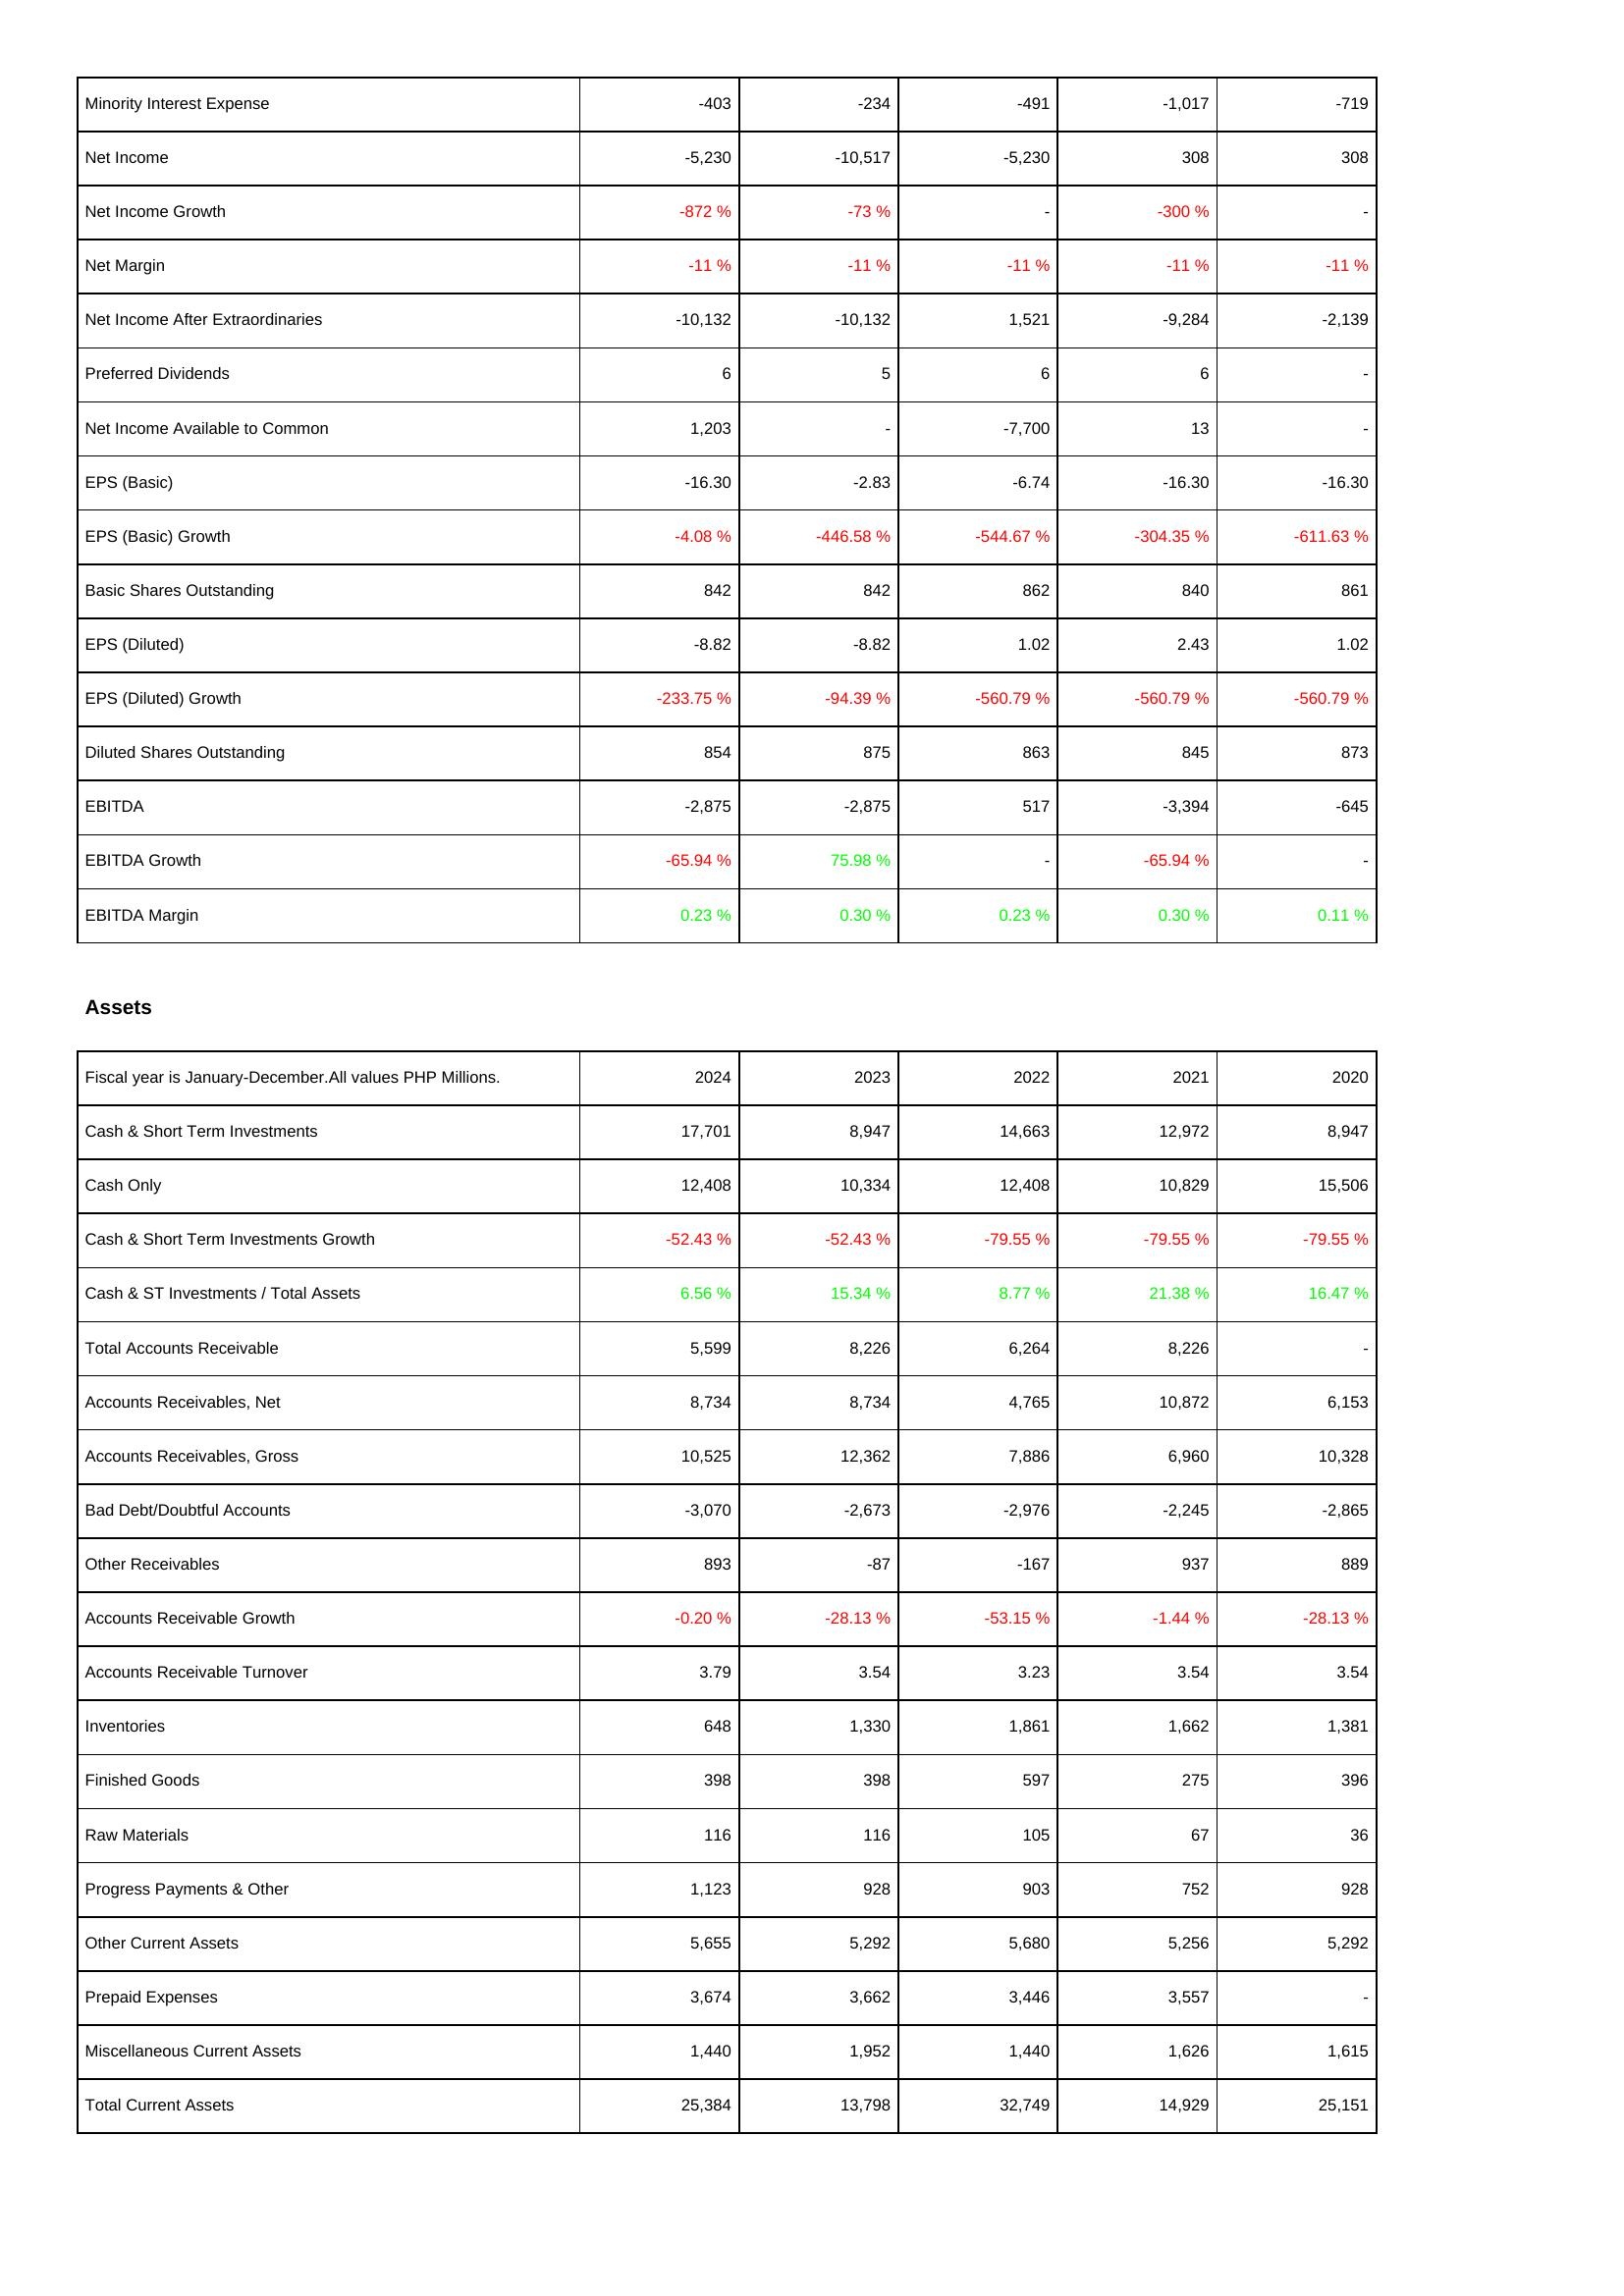
2024: Income Statement: Minority Interest Expense: -403
Net Income: -5,230
Net Income Growth: -872 %
Net Margin: -11 %
Net Income After Extraordinaries: -10,132
Preferred Dividends: 6
Net Income Available to Common: 1,203
EPS (Basic): -16.30
EPS (Basic) Growth: -4.08 %
Basic Shares Outstanding: 842
EPS (Diluted): -8.82
EPS (Diluted) Growth: -233.75 %
Diluted Shares Outstanding: 854
EBITDA: -2,875
EBITDA Growth: -65.94 %
EBITDA Margin: 0.23 %
Assets: Cash & Short Term Investments: 17,701
Cash Only: 12,408
Cash & Short Term Investments Growth: -52.43 %
Cash & ST Investments / Total Assets: 6.56 %
Total Accounts Receivable: 5,599
Accounts Receivables, Net: 8,734
Accounts Receivables, Gross: 10,525
Bad Debt/Doubtful Accounts: -3,070
Other Receivables: 893
Accounts Receivable Growth: -0.20 %
Accounts Receivable Turnover: 3.79
Inventories: 648
Finished Goods: 398
Raw Materials: 116
Progress Payments & Other: 1,123
Other Current Assets: 5,655
Prepaid Expenses: 3,674
Miscellaneous Current Assets: 1,440
Total Current Assets: 25,384
2023: Income Statement: Minority Interest Expense: -234
Net Income: -10,517
Net Income Growth: -73 %
Net Margin: -11 %
Net Income After Extraordinaries: -10,132
Preferred Dividends: 5
Net Income Available to Common: -
EPS (Basic): -2.83
EPS (Basic) Growth: -446.58 %
Basic Shares Outstanding: 842
EPS (Diluted): -8.82
EPS (Diluted) Growth: -94.39 %
Diluted Shares Outstanding: 875
EBITDA: -2,875
EBITDA Growth: 75.98 %
EBITDA Margin: 0.30 %
Assets: Cash & Short Term Investments: 8,947
Cash Only: 10,334
Cash & Short Term Investments Growth: -52.43 %
Cash & ST Investments / Total Assets: 15.34 %
Total Accounts Receivable: 8,226
Accounts Receivables, Net: 8,734
Accounts Receivables, Gross: 12,362
Bad Debt/Doubtful Accounts: -2,673
Other Receivables: -87
Accounts Receivable Growth: -28.13 %
Accounts Receivable Turnover: 3.54
Inventories: 1,330
Finished Goods: 398
Raw Materials: 116
Progress Payments & Other: 928
Other Current Assets: 5,292
Prepaid Expenses: 3,662
Miscellaneous Current Assets: 1,952
Total Current Assets: 13,798
2022: Income Statement: Minority Interest Expense: -491
Net Income: -5,230
Net Income Growth: -
Net Margin: -11 %
Net Income After Extraordinaries: 1,521
Preferred Dividends: 6
Net Income Available to Common: -7,700
EPS (Basic): -6.74
EPS (Basic) Growth: -544.67 %
Basic Shares Outstanding: 862
EPS (Diluted): 1.02
EPS (Diluted) Growth: -560.79 %
Diluted Shares Outstanding: 863
EBITDA: 517
EBITDA Growth: -
EBITDA Margin: 0.23 %
Assets: Cash & Short Term Investments: 14,663
Cash Only: 12,408
Cash & Short Term Investments Growth: -79.55 %
Cash & ST Investments / Total Assets: 8.77 %
Total Accounts Receivable: 6,264
Accounts Receivables, Net: 4,765
Accounts Receivables, Gross: 7,886
Bad Debt/Doubtful Accounts: -2,976
Other Receivables: -167
Accounts Receivable Growth: -53.15 %
Accounts Receivable Turnover: 3.23
Inventories: 1,861
Finished Goods: 597
Raw Materials: 105
Progress Payments & Other: 903
Other Current Assets: 5,680
Prepaid Expenses: 3,446
Miscellaneous Current Assets: 1,440
Total Current Assets: 32,749
2021: Income Statement: Minority Interest Expense: -1,017
Net Income: 308
Net Income Growth: -300 %
Net Margin: -11 %
Net Income After Extraordinaries: -9,284
Preferred Dividends: 6
Net Income Available to Common: 13
EPS (Basic): -16.30
EPS (Basic) Growth: -304.35 %
Basic Shares Outstanding: 840
EPS (Diluted): 2.43
EPS (Diluted) Growth: -560.79 %
Diluted Shares Outstanding: 845
EBITDA: -3,394
EBITDA Growth: -65.94 %
EBITDA Margin: 0.30 %
Assets: Cash & Short Term Investments: 12,972
Cash Only: 10,829
Cash & Short Term Investments Growth: -79.55 %
Cash & ST Investments / Total Assets: 21.38 %
Total Accounts Receivable: 8,226
Accounts Receivables, Net: 10,872
Accounts Receivables, Gross: 6,960
Bad Debt/Doubtful Accounts: -2,245
Other Receivables: 937
Accounts Receivable Growth: -1.44 %
Accounts Receivable Turnover: 3.54
Inventories: 1,662
Finished Goods: 275
Raw Materials: 67
Progress Payments & Other: 752
Other Current Assets: 5,256
Prepaid Expenses: 3,557
Miscellaneous Current Assets: 1,626
Total Current Assets: 14,929
2020: Income Statement: Minority Interest Expense: -719
Net Income: 308
Net Income Growth: -
Net Margin: -11 %
Net Income After Extraordinaries: -2,139
Preferred Dividends: -
Net Income Available to Common: -
EPS (Basic): -16.30
EPS (Basic) Growth: -611.63 %
Basic Shares Outstanding: 861
EPS (Diluted): 1.02
EPS (Diluted) Growth: -560.79 %
Diluted Shares Outstanding: 873
EBITDA: -645
EBITDA Growth: -
EBITDA Margin: 0.11 %
Assets: Cash & Short Term Investments: 8,947
Cash Only: 15,506
Cash & Short Term Investments Growth: -79.55 %
Cash & ST Investments / Total Assets: 16.47 %
Total Accounts Receivable: -
Accounts Receivables, Net: 6,153
Accounts Receivables, Gross: 10,328
Bad Debt/Doubtful Accounts: -2,865
Other Receivables: 889
Accounts Receivable Growth: -28.13 %
Accounts Receivable Turnover: 3.54
Inventories: 1,381
Finished Goods: 396
Raw Materials: 36
Progress Payments & Other: 928
Other Current Assets: 5,292
Prepaid Expenses: -
Miscellaneous Current Assets: 1,615
Total Current Assets: 25,151